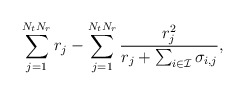
\begin{align*}\sum_{j=1}^{N_tN_r} r_j - \sum_{j=1}^{N_tN_r} \frac{ r_j^2 }{ r_j + \sum_{i \in \mathcal{I}} \sigma_{i,j} },\end{align*}